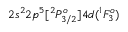
2 s ^ { 2 } 2 p ^ { 5 } [ ^ { 2 } P _ { 3 / 2 } ^ { o } ] 4 d ( ^ { 1 } F _ { 3 } ^ { o } )